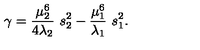
\gamma = \frac { \mu _ { 2 } ^ { 6 } } { 4 \lambda _ { 2 } } \ s _ { 2 } ^ { 2 } - \frac { \mu _ { 1 } ^ { 6 } } { \lambda _ { 1 } } \ s _ { 1 } ^ { 2 } .